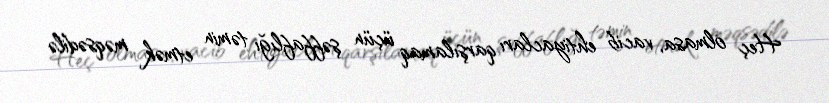
Heç olmasa, vacib ehtiyacları qarşılamaq üçün şəffaflığı təmin etmək məqsədilə